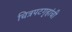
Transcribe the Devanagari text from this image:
चित्रपटगृहांची